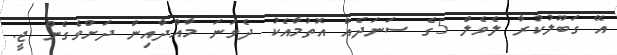
އޭ ގަބޫލުކުރާ ލެވެލް 5ގެ ސަނަދެއް އޮތުމާއެކު ދެވަނަ މާއްދާއިން ދަށްވެގެން ޖީ.